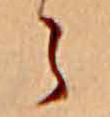
ら